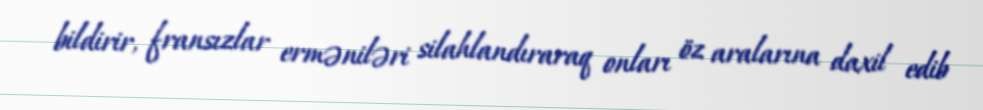
bildirir, fransızlar erməniləri silahlandıraraq onları öz aralarına daxil edib